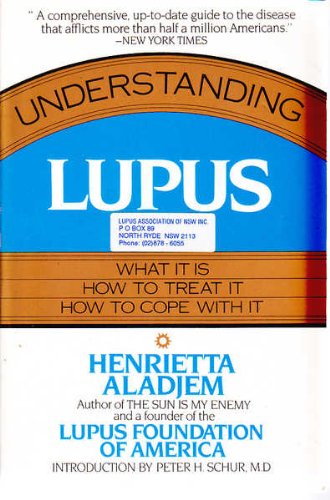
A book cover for Understanding Lupus: What It Is, How to Treat It and How to Cope With It; Henrietta Aladjem; Health, Fitness & Dieting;